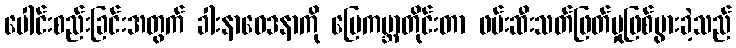
ပေါင်းစည်းခြင်းအတွက် ခါးနာဝေဒနာကို မြေကမ္ဘာတိုင်းတာ ဖမ်းဆီးသတ်ဖြတ်မှုဖြစ်ပွားခဲ့သည်